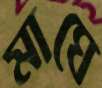
মাঘে